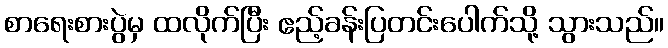
စာရေးစားပွဲမှ ထလိုက်ပြီး ဧည့်ခန်းပြတင်းပေါက်သို့ သွားသည်။